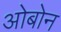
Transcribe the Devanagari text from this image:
ओबोन